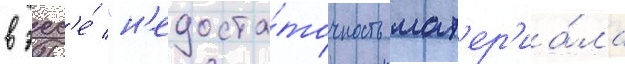
в эсс'е́ "н'едоста́точность мат'ер'иа́ла